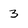
Character: 3